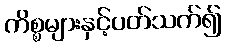
ကိစ္စများနှင့်ပတ်သက်၍